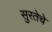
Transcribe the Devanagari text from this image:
सुरतेचे